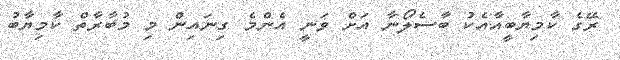
ރޭގެ ކާމިޔާބީއާއެކު ބާސެލޯނާ އަށް ވަނީ އެންމެ ގިނައިން މި މުބާރާތް ކާމިޔާބު